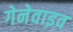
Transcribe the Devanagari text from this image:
गेनेवाइव